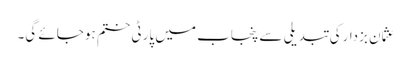
عثمان بزدارکی تبدیلی سے پنجاب میں پارٹی ختم ہوجائے گی۔